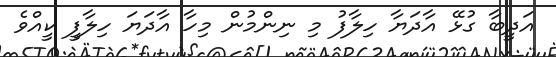
އަދީބާ ގުޅޭ އާދަޔާ ހިލާފު މި ނިންމުން މިހާ އާދަޔަ ހިލާފީ ކީއްވެ